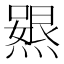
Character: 𭶃